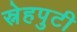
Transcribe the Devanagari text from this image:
स्नेहपुटी